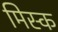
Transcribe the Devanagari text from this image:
मिस्क